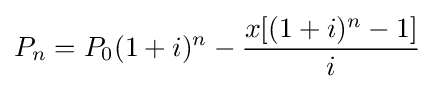
P_{n}=P_{0}(1+i)^{n}-{\dfrac {x[(1+i)^{n}-1]}{i}}